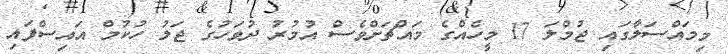
މިމައްސަލާގައި ޖުމްލަ 17 މީހެއްގެ މައްޗަށްވެސް އުމުރު ދުވަހުގެ ޖަލު ހުކުމް އައިސްފައި